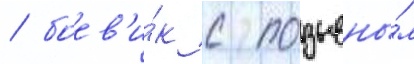
/ боев'и́к с позывны́м